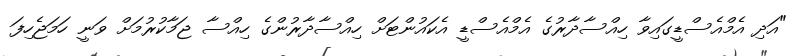
"އަދި އެމްއެސްޑީގައިވާ ހިއްސާދާރުގެ އެމްއެސްޑީ އެކައުންޓަށް ހިއްސާދާރުންގެ ހިއްސާ ޖަމާކުރުމަށް ވަނީ ހަމަޖެހިފަ